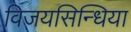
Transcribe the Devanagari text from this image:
विजयसिन्धिया